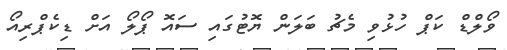
ވޯލްޑް ކަޕް ހުޅުވި މެޗު ބަލަން ޔޮޓުގައި ސައޮ ޕޯލޯ އަށް ޑިކެޕްރިއޯ